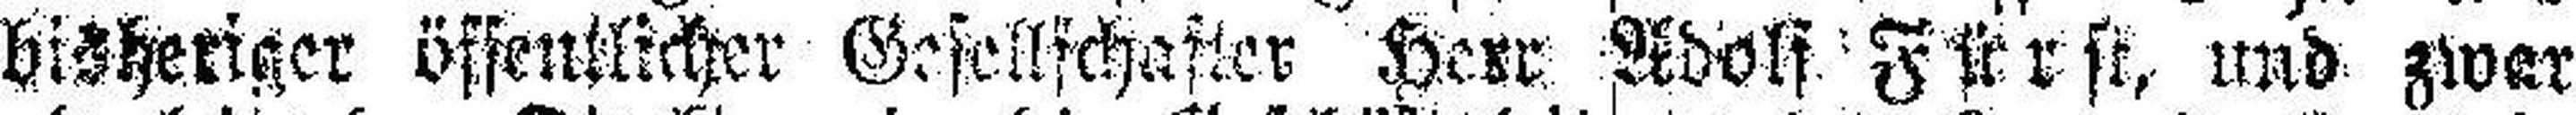
bisheriger öffentlicher Gesellschafter Herr Adolf Fürst, und zwar